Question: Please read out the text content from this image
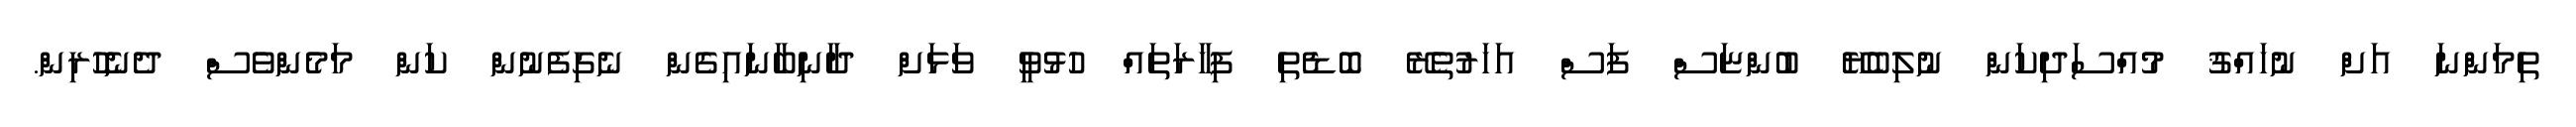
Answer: ތިމަންނަ އަށް ނުހައްޤު މުއްސަދިކަން ނުލިބެޔޭ ބުންޏަސް ފަސް އަހަރުތެރޭ ބޮޑެތި ފިހާރަތައް ހުޅުވީ ވަޅަށް ދާނިބާނައިގެން ނެގިފެނުން ކަން މަމެންވެސް ދެނެހުރިން.